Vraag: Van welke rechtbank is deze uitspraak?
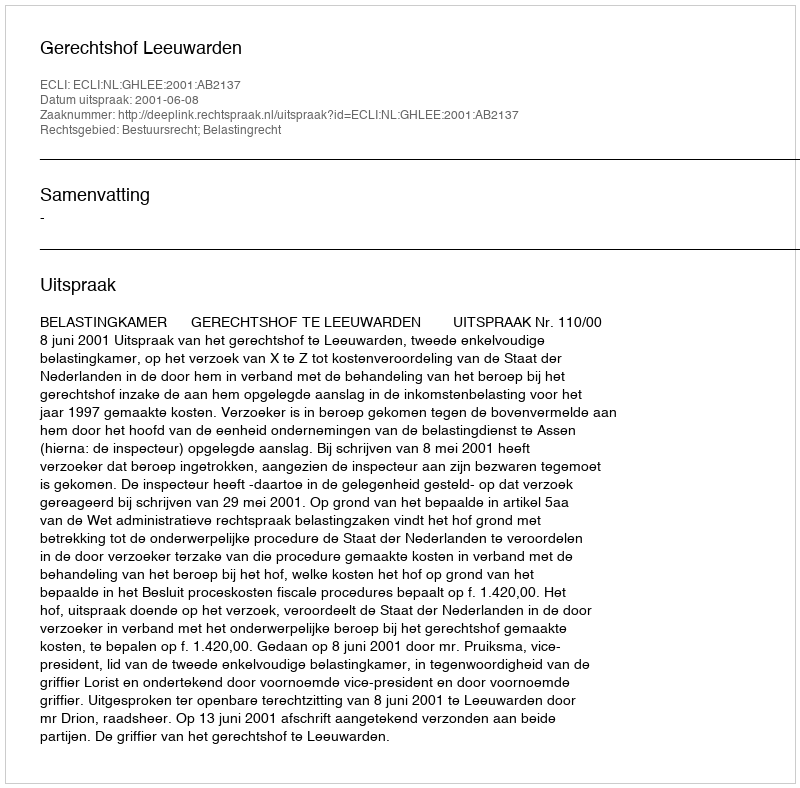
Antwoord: Gerechtshof Leeuwarden